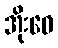
အိုးဝေ